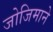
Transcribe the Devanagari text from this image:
जोजिमाने